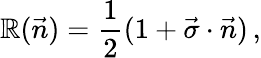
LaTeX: {\cal\mathbb{R}}(\vec{{n}})={\frac{{1}}{{2}}}(1+\vec{{\sigma}}\cdot\vec{{n}})\, ,